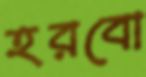
হরবো